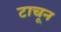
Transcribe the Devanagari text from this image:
टाचून